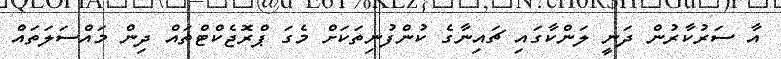
އާ ސަރުކާރުން ދަނީ ލަންކާގައި ޗައިނާގެ ކުންފުނިތަކަށް މެގަ ޕްރޮޖެކްޓްތައް ދިން މައްސަލަތައް